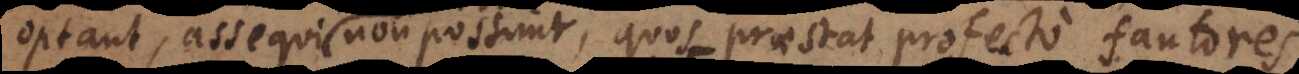
optant, assequi non possunt, quos praestat profecto fautores